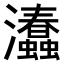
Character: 𤅧